Reports on military cantonments and civil stations in the Presidency of Bombay inspected by the Sanitary Commissioner in the years 1875 and 1876
Year: 1875
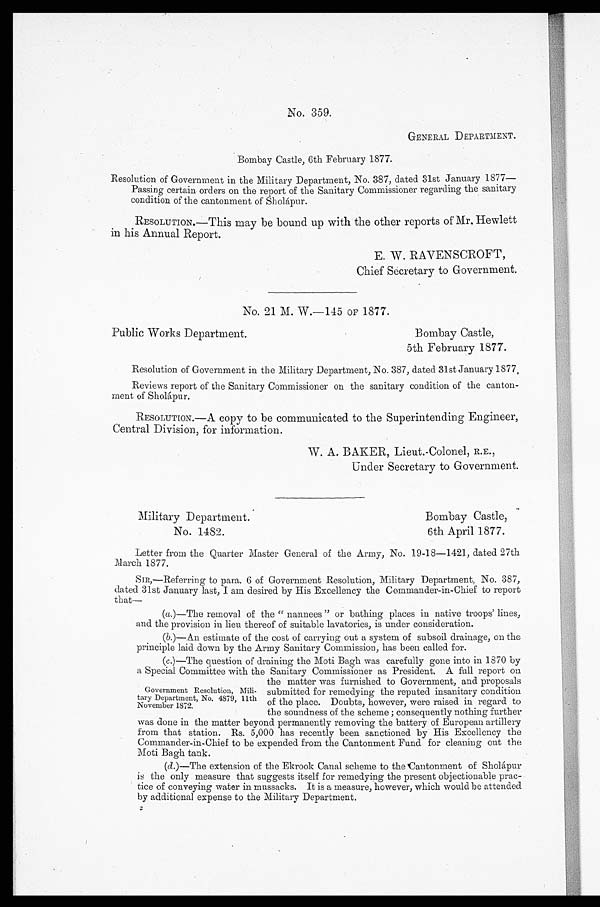
GENERAL DEPARTMENT.
Bombay Castle, 6th February 1877.
Resolution of Government in the Military Department, No. 387, dated 31st January 1877—
Passing certain orders on the report of the Sanitary Commissioner regarding the sanitary
condition of the cantonment of Sholápur.
RESOLUTION.—This may be bound up with the other reports of Mr. Hewlett
in his Annual Report.
E. W. RAVENSCROFT,
Chief Secretary to Government.
No. 21 M. W.-145 OF 1877.
Public Works Department.
Bombay Castle,
5th February 1877.
Resolution of Government in the Military Department, No. 387, dated 31st January 1877.
Reviews report of the Sanitary Commissioner on the sanitary condition of the canton-
ment of Sholápur.
RESOLUTION.—A copy to be communicated to the Superintending Engineer,
Central Division, for information.
W. A. BAKER, Lieut.-Colonel, R.E.,
Under Secretary to Government.
Military Department.
Bombay Castle,
No. 1482.
6th April 1877.
Letter from the Quarter Master General of the Army, No. 19-18-1421, dated 27th
March 1877.
SIR,—Referring to para. 6 of Government Resolution, Military Department, No. 387,
dated 31st January last, I am desired by His Excellency the Commander-in-Chief to report
that-
(a.)—The removal of the " nannees " or bathing places in native troops' lines,
and the provision in lieu thereof of suitable lavatories, is under consideration.
(b.)—.An estimate of the cost of carrying out a system of subsoil drainage, on the
principle laid down by the Army Sanitary Commission, has been called for.
(c.)—The question of draining the Moti Bagh was carefully gone into in 1870 by
a Special Committee with the Sanitary Commissioner as President. A full report on
the matter was furnished to Government, and proposals
Government Resolution, Mili-
submitted for remedying the reputed insanitary condition
taryDearment, No. 4879, 11th
November 1872. of the place. Doubts, however, were raised in regard to
the soundness of the scheme ; consequently nothing further
was done in the matter beyond permanently removing the battery of European artillery
from that station. Rs. 5,000 has recently been sanctioned by His Excellency the
Commander-in-Chief to be expended from the Cantonment Fund for cleaning out the
Moti Bagh tank.
(d.)-The extension of the Ekrook Canal scheme to the Cantonment of Sholápur
is the only measure that suggests itself for remedying the present objectionable prac-
tice of conveying water in mussacks. It is a measure, however, which would be attended
by additional expense to the Military Department.
2